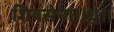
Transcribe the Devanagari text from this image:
शिवसेना।।धृ।।